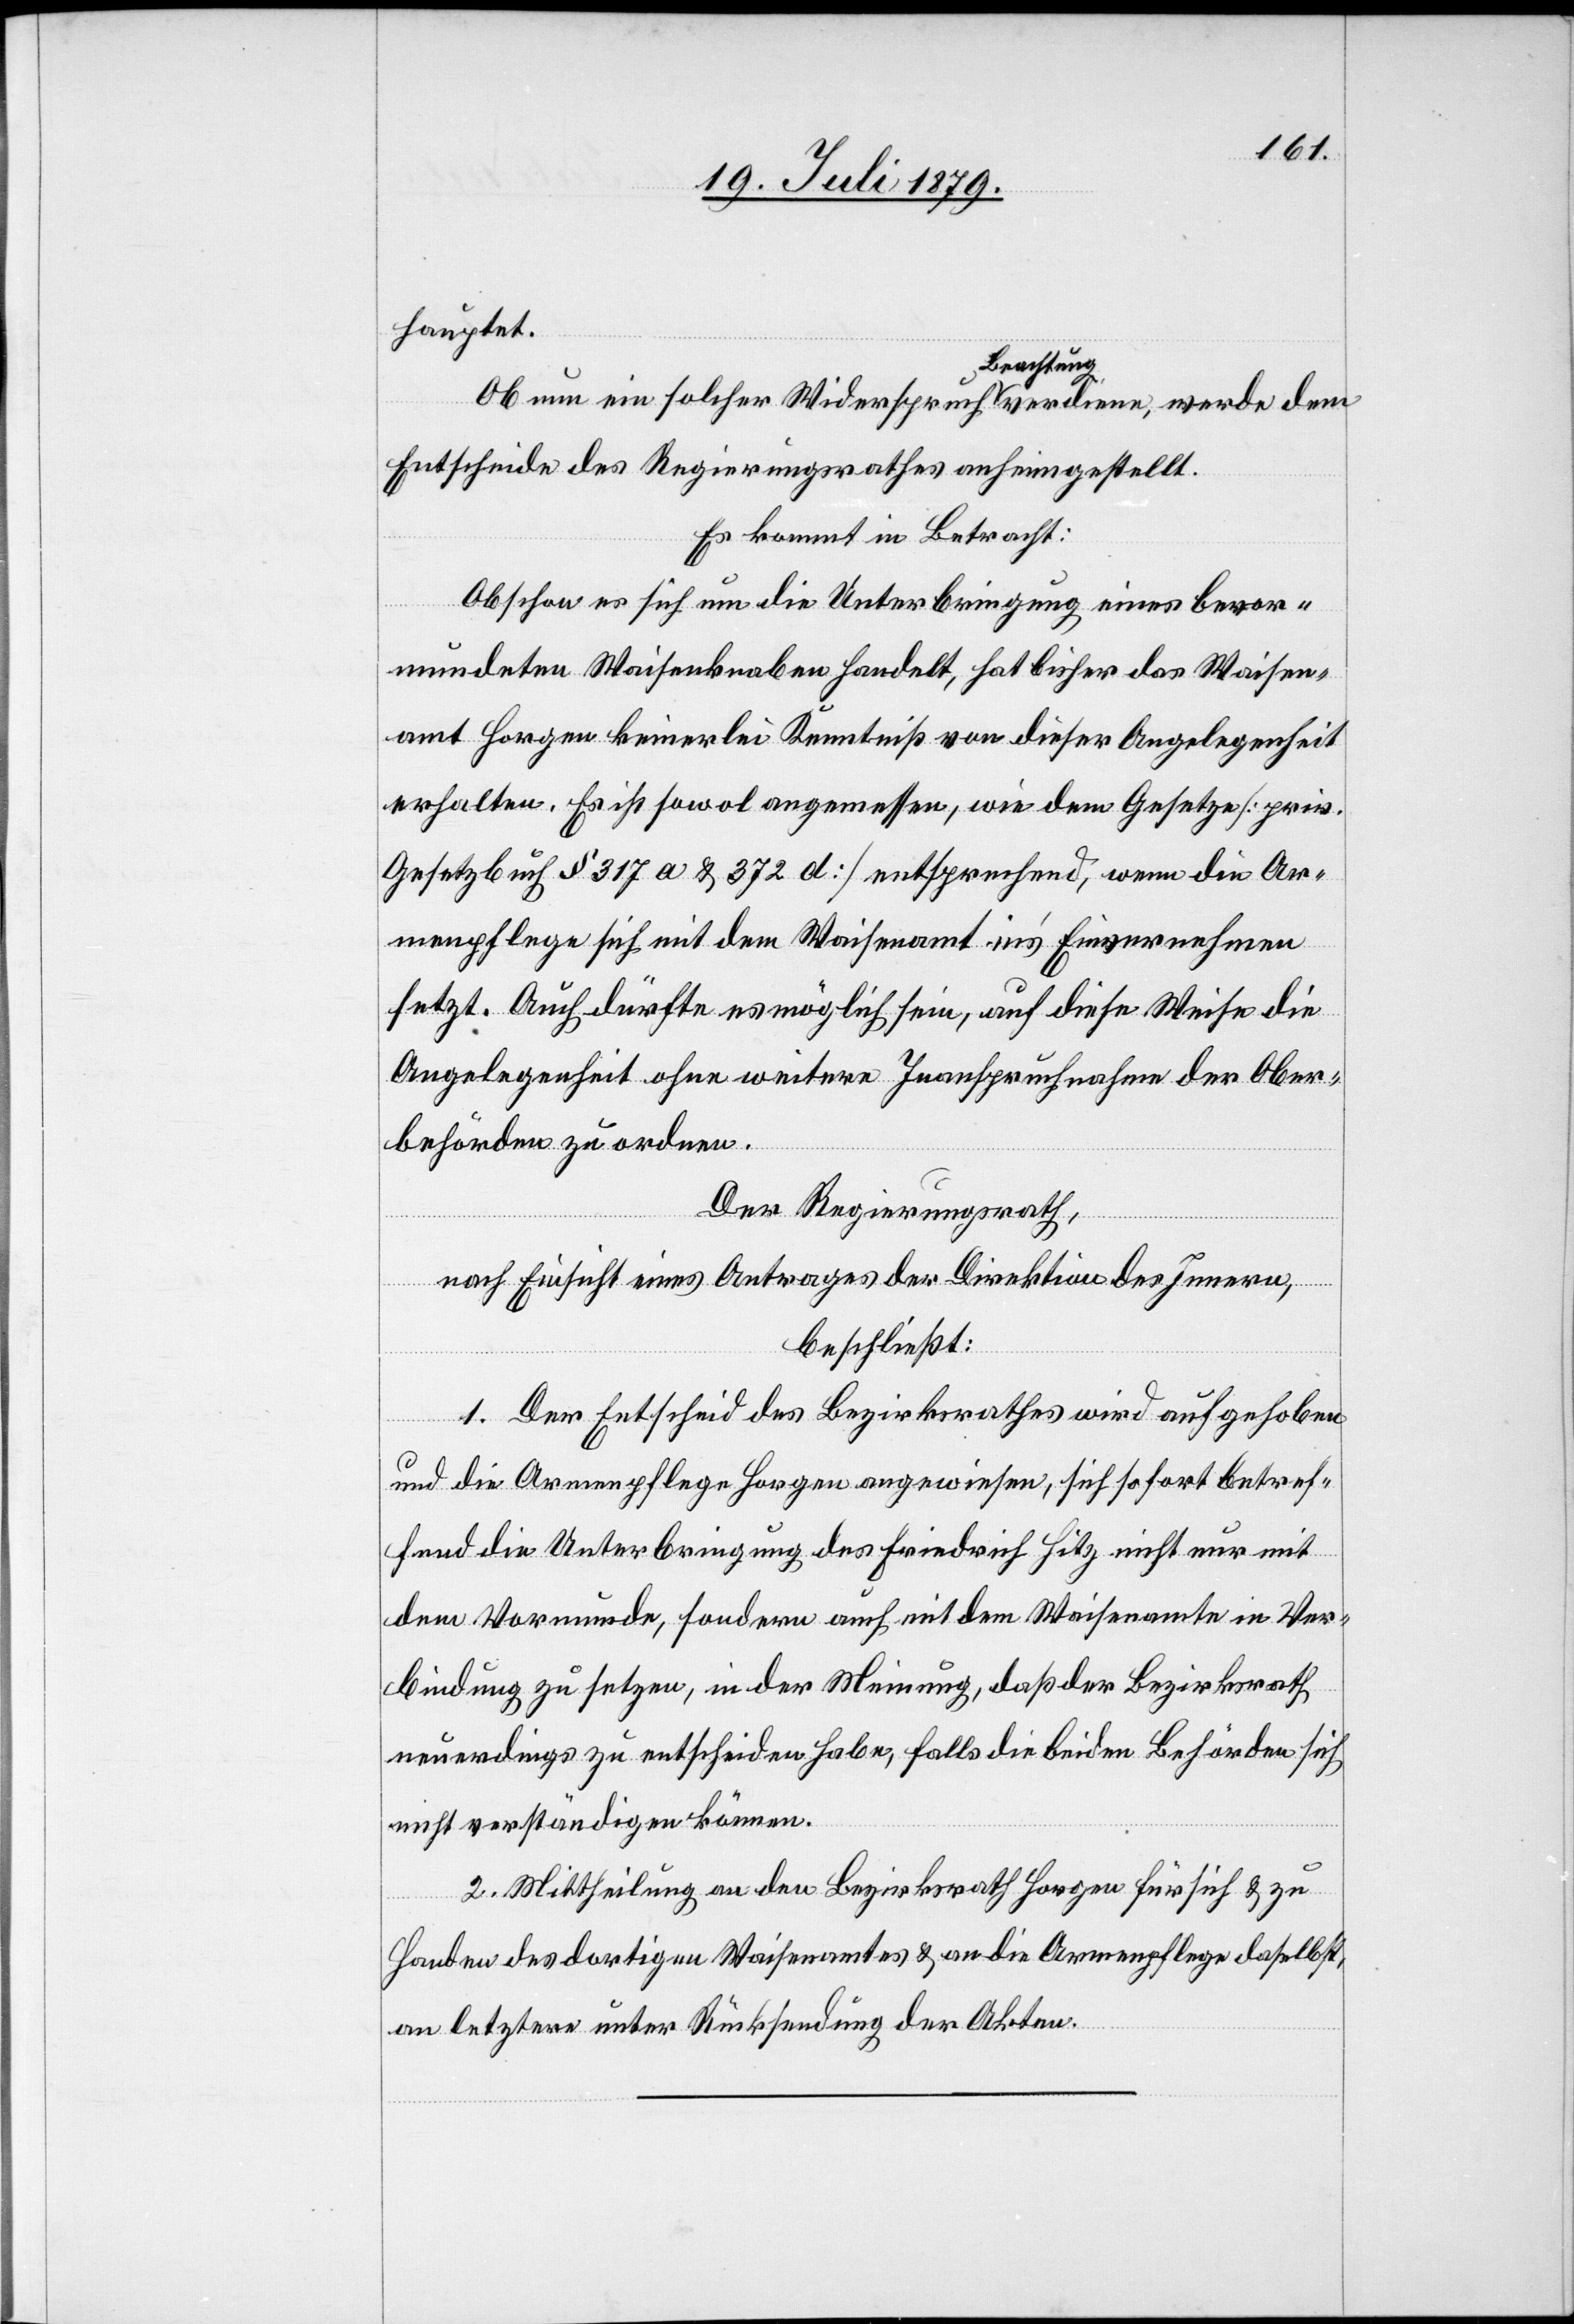
hauptet.
Ob nun ein solcher Widerspruch Beachtung verdiene, werde dem
Entscheide des Regierungsrathes anheimgestellt.
Es kommt in Betracht:
Obschon es sich um die Unterbringung eines bevor¬
mundeten Waisenknaben handelt, hat bisher das Waisen¬
amt Horgen keinerlei Kenntniß von dieser Angelegenheit
erhalten. Es ist sowol angemessen, wie dem Gesetze [priv.
Gesetzbuch § 317 a & 372 d] entsprechend, wenn die Ar¬
menpflege sich mit dem Waisenamt in’s Einvernehmen
setzt. Auch dürfte es möglich sein, auf diese Weise die
Angelegenheit ohne weitere Inanspruchnahme der Ober¬
behörden zu ordnen.
Der Regierungsrath,
nach Einsicht eines Antrages der Direktion des Innern,
beschließt:
1. Der Entscheid des Bezirksrathes wird aufgehoben
und die Armenpflege Horgen angewiesen, sich sofort betref¬
fend die Unterbringung des Friedrich Hitz nicht nur mit
dem Vormunde, sondern auch mit dem Waisenamte in Ver¬
bindung zu setzen, in der Meinung, daß der Bezirksrath
neuerdings zu entscheiden habe, falls die beiden Behörden sich
nicht verständigen können.
2. Mittheilung an den Bezirksrath Horgen für sich & zu
Handen des dortigen Waisenamtes & an die Armenpflege daselbst,
an letztere unter Rücksendung der Akten.